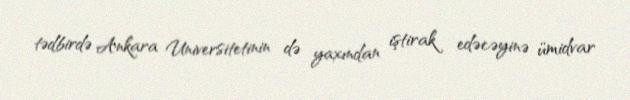
tədbirdə Ankara Universitetinin də yaxından iştirak edəcəyinə ümidvar